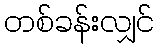
တစ်ခန်းလျှင်